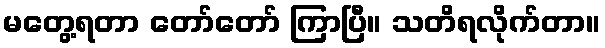
မတွေ့ရတာ တော်တော် ကြာပြီ။ သတိရလိုက်တာ။